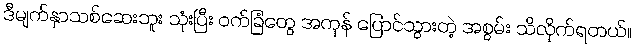
ဒီမျက်နှာသစ်ဆေးဘူး သုံးပြီး ဝက်ခြံတွေ အကုန် ပြောင်သွားတဲ့ အစွမ်း သိလိုက်ရတယ်။